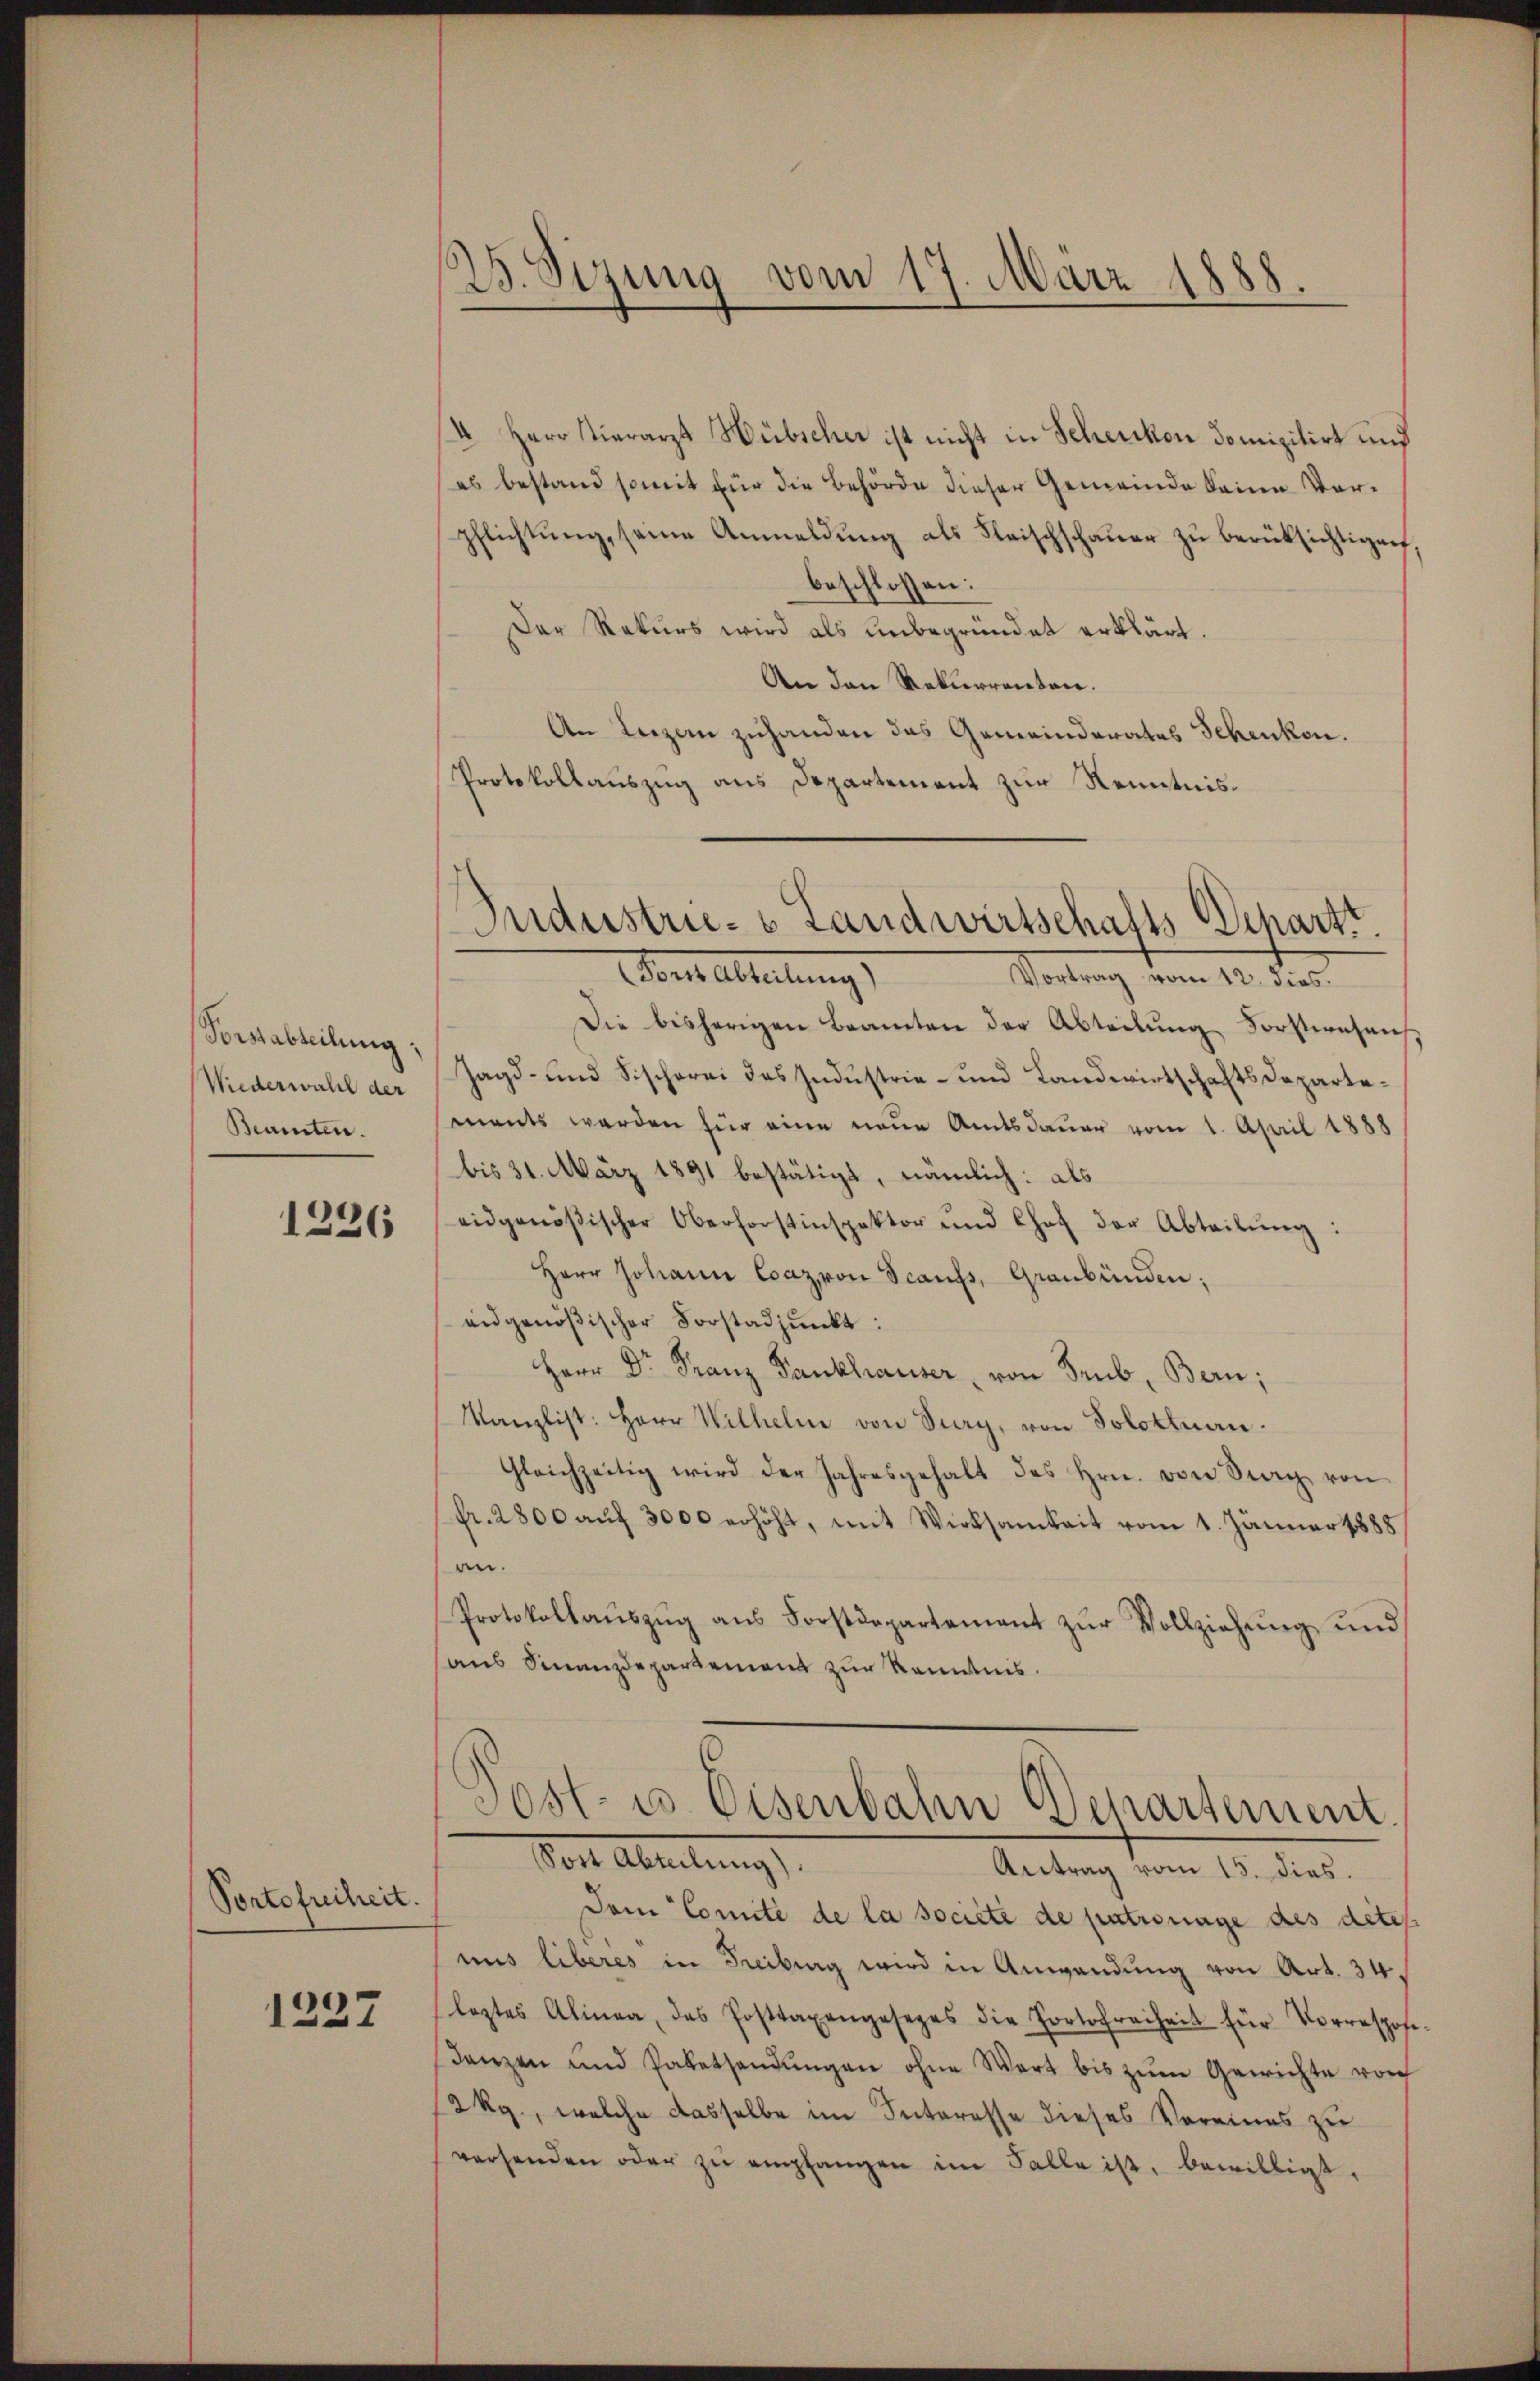
Vorstabteilung:
Wiederwahl der
Beamten.

1226

Portofreiheit.

1227

25. Sizung vom 17. März 1888.

4 Herr Vierarzt Hübscher ist nicht in Schenkon domizilirt und
es bestand somit für die Behörde dieser Gemeinde keine Vorpflichtung, seine Anmeldung als Fleischschauer zu berücksichtigen,
beschlossen:
Der Rekurs wird als unbegründet erklärt.
An den Rekurrenten.
An Luzern zuhanden das Gemeinderates Schenkon.
Protokollauszug aus Departement zur Kenntnis¬
Vous Abteilung
Vortrag vom 12. dies.
Die bisherigen Beamten der Abteilung Forstwesen
Jagd- und Fischerei des Industrie- und Landwirtschaftsdepartements werden für eine neue Amtsdauer vom 1. April 1888
bis 31. März 1891 bestätigt, nämlich: als
eidgenößischer Oberforstinspektor und Chef der Abteilŭng:
Herr Johann Coaz, von Scanfs, Graubünden;
eidgenößischer Vorstadpŭnkt:
Herr Dr. Franz Fankhauser, von Trub, Bern;
Kanzlist: Herr Wilhelm von Sury, von Solothurn.
Gleichzeitig wird der Jahresgehalt des Hrn. von Stag von
fr. 2800 aŭf 3000 erhöht, mit Wirksamkeit vom 1. Jänner 1888
an.
Protokollaŭszŭg aŭs Forstdepartement zŭr Vollziehung und
haus Finanzdepartement zur Kenntnis.
Sost- u. Eisenbahn Departement
Sost Abteilung).
Antrag vom 15. dies.
Dem Comité de la societe de patronage des detes
uus liberes in Freiburg wird in Anwendung von Art. 34,
leztes Alinea, das Posttaxengesezes die Portofreiheit für Vorrespose
danzen und Palethandŭngen ohne Wert bis zŭm Gewichte vorh
12 kg., welche dasselbe im Interesse dieses Vereines zu
versenden oder zŭ empfangen im Falle ist, bewilligt,

Puderstrie- u Landwirtschafts-Depart.